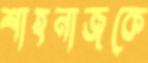
শাহনাজকে